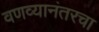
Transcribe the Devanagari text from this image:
वणव्यानंतरचा